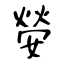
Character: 嫈